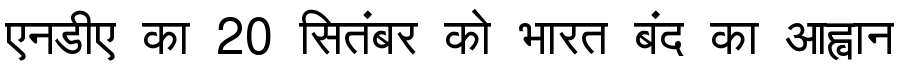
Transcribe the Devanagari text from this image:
एनडीए का 20 सितंबर को भारत बंद का आह्वान